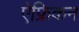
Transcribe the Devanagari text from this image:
ऐफ्रिकन